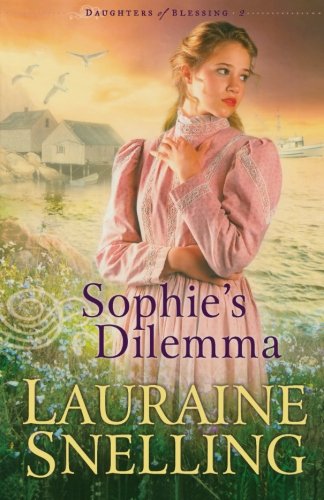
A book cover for Sophie's Dilemma (Daughters of Blessing #2); Lauraine Snelling; Romance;